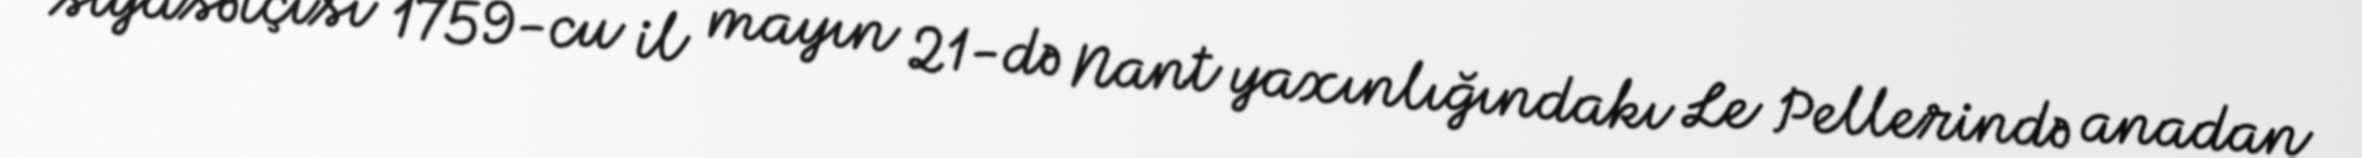
siyasətçisi 1759-cu il mayın 21-də Nant yaxınlığındakı Le Pellerində anadan